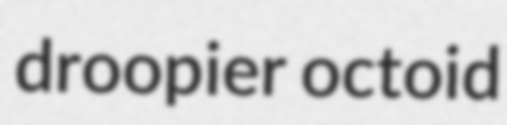
droopier octoid